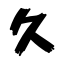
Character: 久